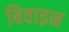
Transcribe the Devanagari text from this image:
बिवाइन